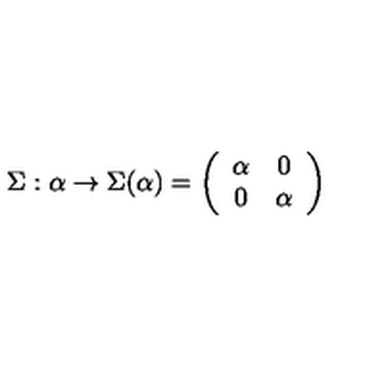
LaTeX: \Sigma : \alpha \rightarrow \Sigma ( \alpha ) = \left( \begin{array} { c c } { \alpha } & { 0 } \\ { 0 } & { \alpha } \\ \end{array} \right)